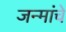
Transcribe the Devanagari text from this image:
जन्मांचे